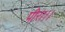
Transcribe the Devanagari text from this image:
पीरा।।